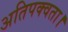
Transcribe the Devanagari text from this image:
अतिपक्वता।